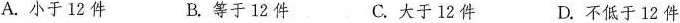
A. 小于 12 件 B. 等于 12 件 C. 大于 12 件 D. 不低于 12 件